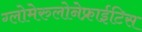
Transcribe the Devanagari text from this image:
ग्लोमेरुलोनेफ्राईटिस